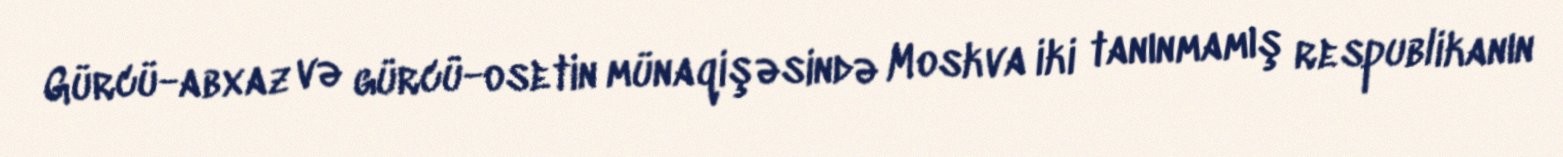
Gürcü-abxaz və gürcü-osetin münaqişəsində Moskva iki tanınmamış respublikanın